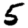
Digit: 5